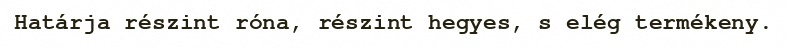
Határja részint róna, részint hegyes, s elég termékeny.